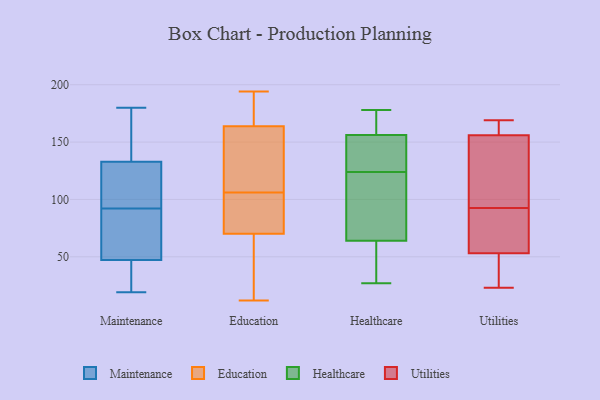
{"axis": {"x": "Website Visitors", "y": "Value"}, "legend": ["Education", "Healthcare", "Maintenance", "Utilities"], "data": [{"x": "", "y": 25, "type": "Maintenance"}, {"x": "", "y": 29, "type": "Maintenance"}, {"x": "", "y": 48, "type": "Maintenance"}, {"x": "", "y": 180, "type": "Maintenance"}, {"x": "", "y": 122, "type": "Maintenance"}, {"x": "", "y": 47, "type": "Maintenance"}, {"x": "", "y": 135, "type": "Maintenance"}, {"x": "", "y": 92, "type": "Maintenance"}, {"x": "", "y": 77, "type": "Maintenance"}, {"x": "", "y": 76, "type": "Maintenance"}, {"x": "", "y": 126, "type": "Maintenance"}, {"x": "", "y": 144, "type": "Maintenance"}, {"x": "", "y": 145, "type": "Maintenance"}, {"x": "", "y": 97, "type": "Maintenance"}, {"x": "", "y": 19, "type": "Maintenance"}, {"x": "", "y": 97, "type": "Education"}, {"x": "", "y": 61, "type": "Education"}, {"x": "", "y": 166, "type": "Education"}, {"x": "", "y": 34, "type": "Education"}, {"x": "", "y": 170, "type": "Education"}, {"x": "", "y": 12, "type": "Education"}, {"x": "", "y": 184, "type": "Education"}, {"x": "", "y": 58, "type": "Education"}, {"x": "", "y": 150, "type": "Education"}, {"x": "", "y": 106, "type": "Education"}, {"x": "", "y": 47, "type": "Education"}, {"x": "", "y": 100, "type": "Education"}, {"x": "", "y": 170, "type": "Education"}, {"x": "", "y": 102, "type": "Education"}, {"x": "", "y": 157, "type": "Education"}, {"x": "", "y": 129, "type": "Education"}, {"x": "", "y": 194, "type": "Education"}, {"x": "", "y": 105, "type": "Education"}, {"x": "", "y": 157, "type": "Education"}, {"x": "", "y": 124, "type": "Healthcare"}, {"x": "", "y": 163, "type": "Healthcare"}, {"x": "", "y": 133, "type": "Healthcare"}, {"x": "", "y": 155, "type": "Healthcare"}, {"x": "", "y": 75, "type": "Healthcare"}, {"x": "", "y": 178, "type": "Healthcare"}, {"x": "", "y": 160, "type": "Healthcare"}, {"x": "", "y": 148, "type": "Healthcare"}, {"x": "", "y": 106, "type": "Healthcare"}, {"x": "", "y": 133, "type": "Healthcare"}, {"x": "", "y": 27, "type": "Healthcare"}, {"x": "", "y": 160, "type": "Healthcare"}, {"x": "", "y": 30, "type": "Healthcare"}, {"x": "", "y": 79, "type": "Healthcare"}, {"x": "", "y": 105, "type": "Healthcare"}, {"x": "", "y": 31, "type": "Healthcare"}, {"x": "", "y": 30, "type": "Healthcare"}, {"x": "", "y": 105, "type": "Utilities"}, {"x": "", "y": 160, "type": "Utilities"}, {"x": "", "y": 80, "type": "Utilities"}, {"x": "", "y": 156, "type": "Utilities"}, {"x": "", "y": 23, "type": "Utilities"}, {"x": "", "y": 57, "type": "Utilities"}, {"x": "", "y": 136, "type": "Utilities"}, {"x": "", "y": 169, "type": "Utilities"}, {"x": "", "y": 51, "type": "Utilities"}, {"x": "", "y": 53, "type": "Utilities"}]}